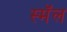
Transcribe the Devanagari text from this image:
स्मॅल